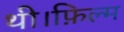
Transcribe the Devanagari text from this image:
थी।फ़िल्म